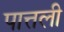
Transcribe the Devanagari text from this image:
पात्तली